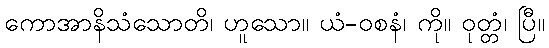
ကောအာနိသံသောတိ၊ ဟူသော။ ယံ-ဝစနံ၊ ကို။ ဝုတ္တံ၊ ပြီ။